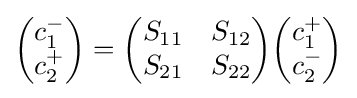
{\begin{pmatrix}c_{1}^{-}\\c_{2}^{+}\end{pmatrix}}={\begin{pmatrix}S_{11}&S_{12}\\S_{21}&S_{22}\end{pmatrix}}{\begin{pmatrix}c_{1}^{+}\\c_{2}^{-}\end{pmatrix}}